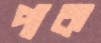
পাক